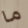
ما